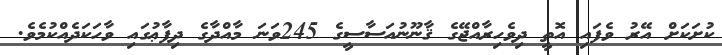
ކުށަކަށް އޭރު ވެފައި އޮތީ ދިވެހިރާއްޖޭގެ ޤާނޫނުއަސާސީގެ 245ވަނަ މާއްދާގެ ދިފާޢުގައި ވާހަކަދެއްކުމެވެ.